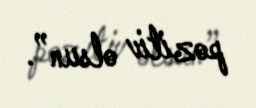
pozitiv olsun”.